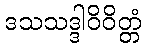
ဒသသဒ္ဒါဝိဝိတ္တံ